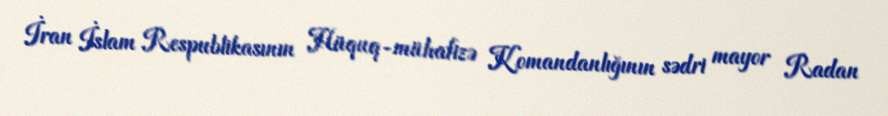
İran İslam Respublikasının Hüquq-mühafizə Komandanlığının sədri mayor Radan